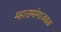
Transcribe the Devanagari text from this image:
महारामांगाजवळ